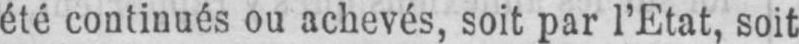
été continués ou achevés, soit par l’Etat, soit